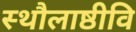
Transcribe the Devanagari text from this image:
स्थौलाष्ठीवि